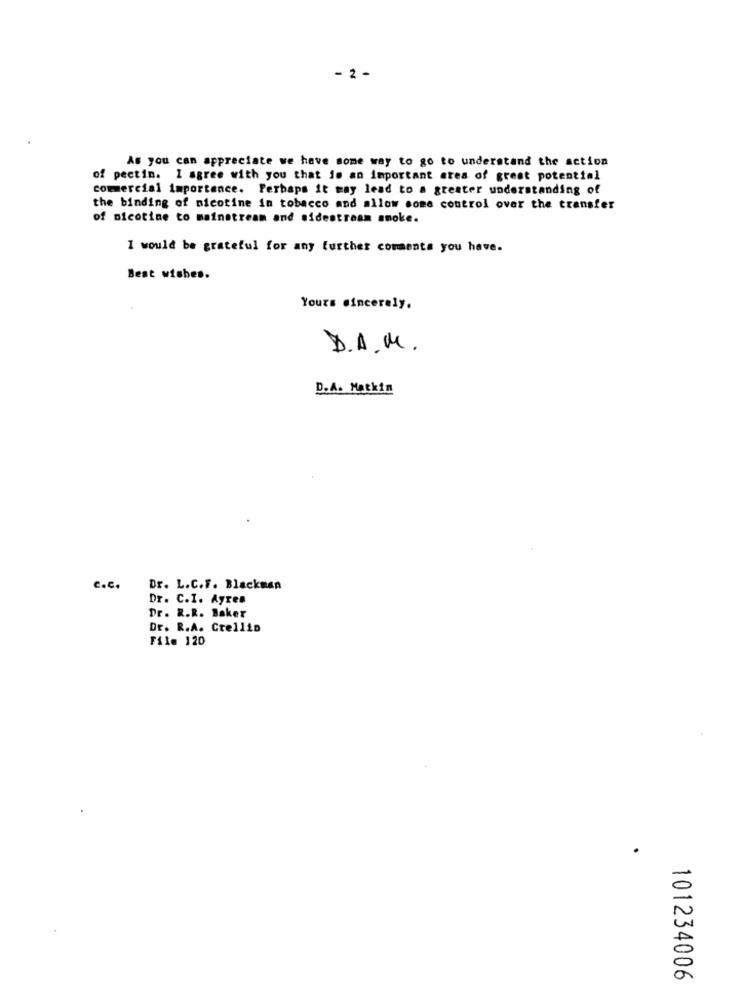
- 2 -
As you can appreciate we have some way to go to understand the action
of pectin. I agree with you that is an important area of great potential
comercial importance. Perhaps it may lead to a greater understanding of
the binding of nicotine in tobacco and allow some control over the transfer
of nicotine to mainstream and sidestream smoke.
I would be grateful for any further comments you have.
Best wishes.
Yours sincerely.
D.A.M.
D.A. Matkin
c.c.
Dr. L.C.F. Blackman
Dr. C.I. Ayren
Dr. R.R. Baker
Dr. R.A. Crellin
File 120
101234006